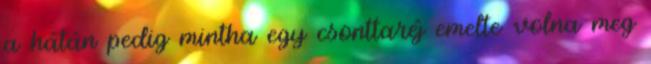
a hátán pedig mintha egy csonttaréj emelte volna meg